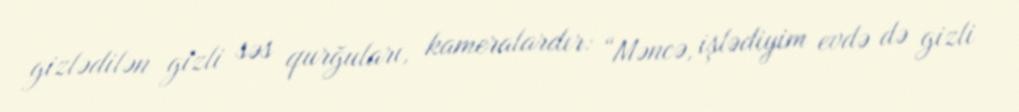
gizlədilən gizli səs qurğuları, kameralardır: “Məncə, işlədiyim evdə də gizli